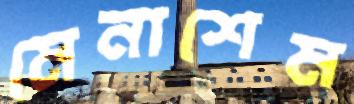
মেনাশেম